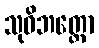
သုဝိဘတ္တော